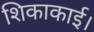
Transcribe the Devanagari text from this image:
शिकाकाई।